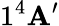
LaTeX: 1^{4}\mathbf{A}^{\prime}